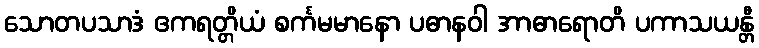
သောတပသာဒံ ဧကရတ္တိယံ စင်္ကမမာနော ပဓာနဝါ အာဓာရောတိ ပကာသယန္တီ